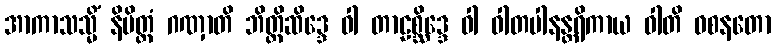
အာကာသသ္မိံ နိမိတ္တံ ဂဏှာတိ ဘိတ္တိဆိဒ္ဒေ ဝါ တာဠစ္ဆိဒ္ဒေ ဝါ ဝါတပါနန္တရိကာယ ဝါတိ ဝစနတော